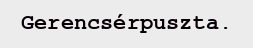
Gerencsérpuszta.